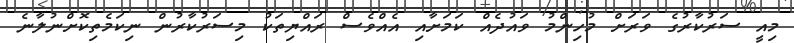
މިއީ ސަރުކާރުގެ ވަރަށް މުހިންމު ވައުދެއް ކަމަށާއި އެއްވެސް ރައްޔިތަކު މިސަރުކާރުން ނިކަމެތިކޮށްނުލާނެ